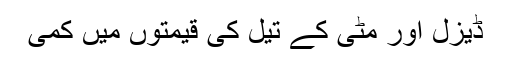
ڈیزل اور مٹی کے تیل کی قیمتوں میں کمی